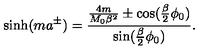
\sinh ( m a ^ { \pm } ) = \frac { \frac { 4 m } { M _ { 0 } \beta ^ { 2 } } \pm \cos ( \frac { \beta } { 2 } \phi _ { 0 } ) } { \sin ( \frac { \beta } { 2 } \phi _ { 0 } ) } .